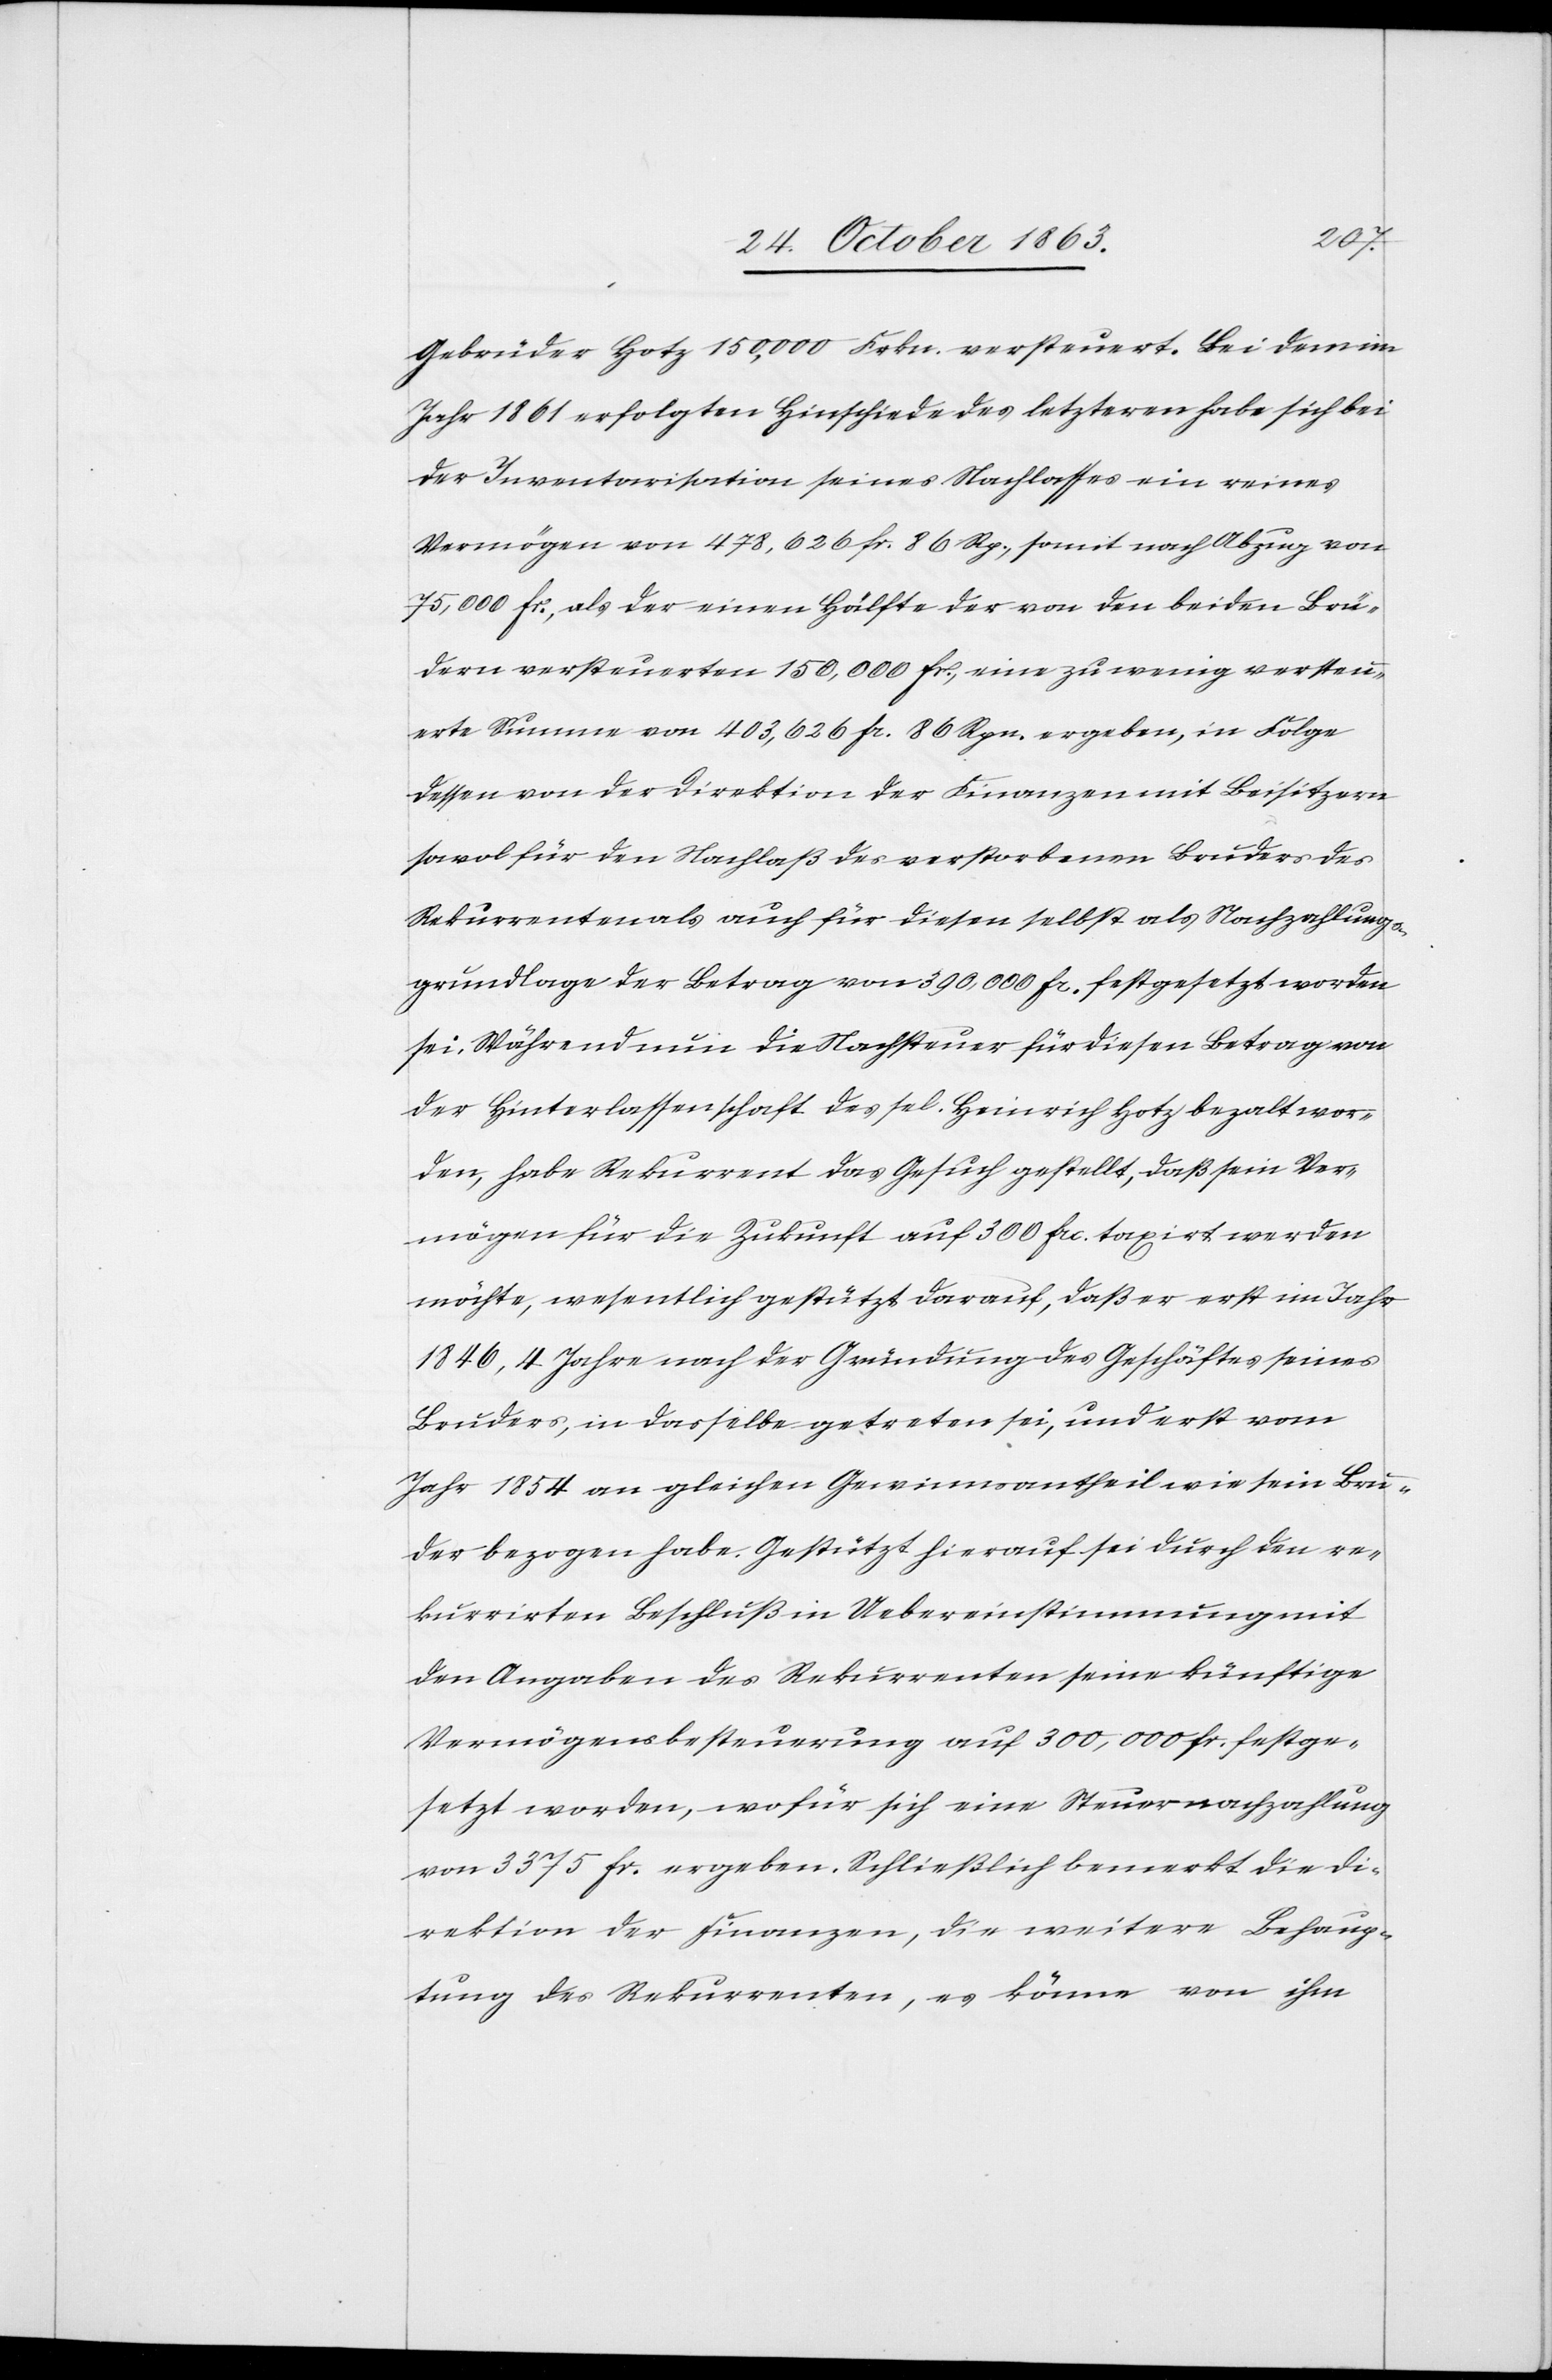
Gebrüder Hotz 150,000 Frkn. versteuert. Bei dem im
Jahr 1861 erfolgten Hinschiede des letzteren habe sich bei
der Inventarisation seines Nachlasses ein reines
Vermögen von 478,626 fr. 86 Rp., somit nach Abzug von
75,000 fr., als der einen Hälfte der von den beiden Brü¬
dern versteuerten 150,000 fr., eine zu wenig versteu¬
erte Summe von 403,626 fr. 86 Rpn. ergeben, in Folge
dessen von der Direktion der Finanzen mit Beisitzern
sowol für den Nachlaß des verstorbenen Bruders des
Rekurrenten auch für diesen selbst als Nachzahlungs¬
grundlage der Betrag von 390,000 fr. festgesetzt worden
sei. Während nun die Nachsteuer für diesen Betrag von
der Hinterlassenschaft des sel. Heinrich Hotz bezalt wor¬
den, habe Rekurrent das Gesuch gestellt, daß sein Ver¬
mögen für die Zukunft auf 300 frc. taxirt werden
möchte, wesentlich gestützt darauf, daß er erst im Jahr
1846, 4 Jahre nach der Gründung des Geschäftes seines
Bruders, in dasselbe getreten sei, und erst vom
Jahr 1854 an gleichen Gewinnsantheil wie sein Bru¬
der bezogen habe. Gestützt hierauf sei durch den re¬
kurrirten Beschluß in Uebereinstimmung mit
den Angaben des Rekurrenten seine künftige
Vermögensbesteuerung auf 300,000 fr. festge¬
setzt worden, wofür sich eine Steuernachzahlung
von 3375 fr. ergeben. Schließlich bemerkt die Di¬
rektion der Finanzen, die weitere Behaup¬
tung des Rekurrenten, es könne von ihm